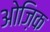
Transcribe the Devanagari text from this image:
ओज़िक